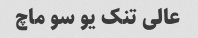
عالی تنک یو سو ماچ